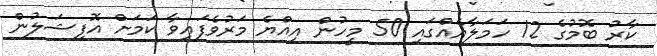
ކާރު ބޮމުގެ 12 ހަމަލާއެއްގައި 50 މީހުން އިއްޔެ މަރުވެފައިވާ ކަމަށް އޮފިޝަލުން